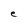
Character: e